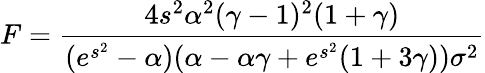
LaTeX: F=\frac{4s^{2}\alpha^{2}(\gamma-1)^{2}(1+\gamma)}{(e^{s^{2}}-\alpha)(\alpha-\alpha\gamma+e^{s^{2}}(1+3\gamma))\sigma^{2}}